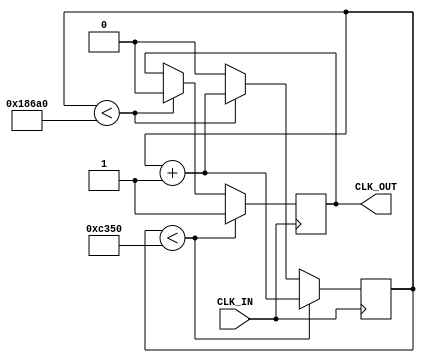
module CLK_500(CLK_IN,CLK_OUT);     //500Hz
input       CLK_IN;
output reg  CLK_OUT;
reg         cnt;
always@(posedge CLK_IN)
begin
    if(cnt < 50000)
    begin
        cnt     <= cnt + 1;
        CLK_OUT <= 1;
    end
    else if(cnt < 100000)
    begin
        cnt     <= cnt + 1;
        CLK_OUT <= 0;
    end
    else
        cnt     <= 0;
end

endmodule